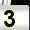
Digit: 3